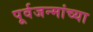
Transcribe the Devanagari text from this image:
पूर्वजन्मांच्या